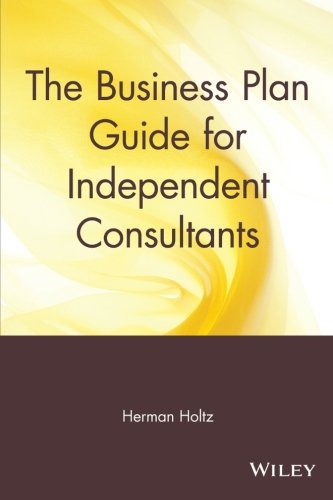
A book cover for The Business Plan Guide for Independent Consultants; Herman Holtz; Business & Money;